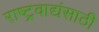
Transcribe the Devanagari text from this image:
राष्ट्रवाद्यंसाठी